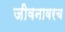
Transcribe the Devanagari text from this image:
जीवनावरच